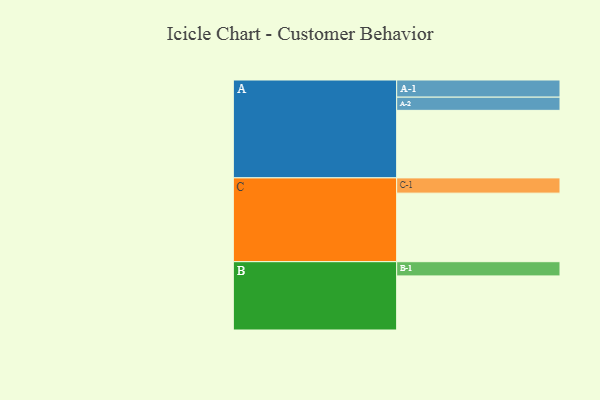
{"axis": {"x": "Segment", "y": "Value"}, "legend": ["", "A", "B", "C"], "data": [{"x": "A", "y": 532, "type": ""}, {"x": "B", "y": 426, "type": ""}, {"x": "C", "y": 540, "type": ""}, {"x": "A-1", "y": 135, "type": "A"}, {"x": "A-2", "y": 104, "type": "A"}, {"x": "B-1", "y": 112, "type": "B"}, {"x": "C-1", "y": 120, "type": "C"}]}